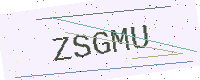
Text: ZSGMU